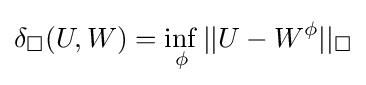
\delta _{\square }(U,W)=\inf _{\phi }||U-W^{\phi }||_{\square }